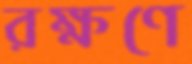
রক্ষণে